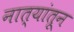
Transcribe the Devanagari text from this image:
नात्यांतून